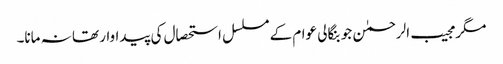
مگر مجیب الرحمٰن جو بنگالی عوام کے مسلسل استحصال کی پیداوار تھا نہ مانا۔